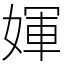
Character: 媈